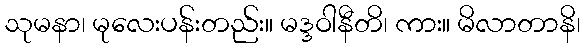
သုမနာ၊ မုလေးပန်းတည်း။ မဒ္ဒဝါနီတိ၊ ကား။ မိလာတာနိ၊